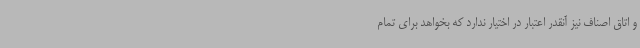
و اتاق اصناف نیز آنقدر اعتبار در اختیار ندارد که بخواهد برای تمام